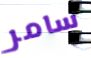
سامر